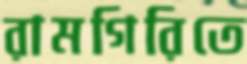
রামগিরিতে